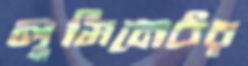
লুমিনেটর